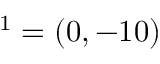
{ \v O } ^ { 1 } = ( 0 , - 1 0 )